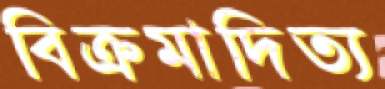
বিক্রমাদিত্য